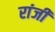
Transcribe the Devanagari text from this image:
रांजी